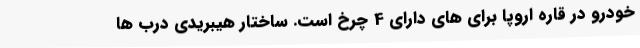
خودرو در قاره اروپا برای های دارای 4 چرخ است. ساختار هیبریدی درب ها